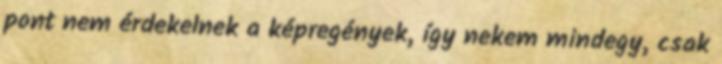
pont nem érdekelnek a képregények, így nekem mindegy, csak